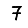
Digit: 7